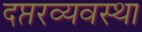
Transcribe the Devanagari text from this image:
दप्तरव्यवस्था